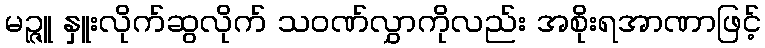
မဉ္ဇူ နှူးလိုက်ဆွလိုက် သဝဏ်လွှာကိုလည်း အစိုးရအာဏာဖြင့်